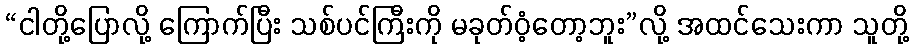
“ငါတို့ပြောလို့ ကြောက်ပြီး သစ်ပင်ကြီးကို မခုတ်ဝံ့တော့ဘူး”လို့ အထင်သေးကာ သူတို့